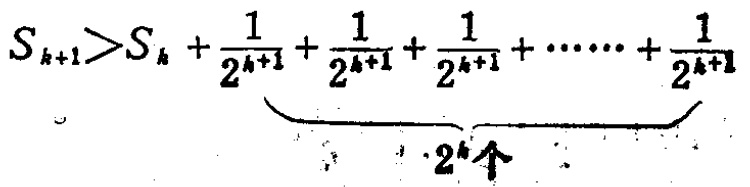
\[S_{k + 1} > S_{k}+\underbrace{\frac{1}{2^{k + 1}}+\frac{1}{2^{k + 1}}+\frac{1}{2^{k + 1}}+\cdots\cdots+\frac{1}{2^{k + 1}}}_{2^{k}个}\]